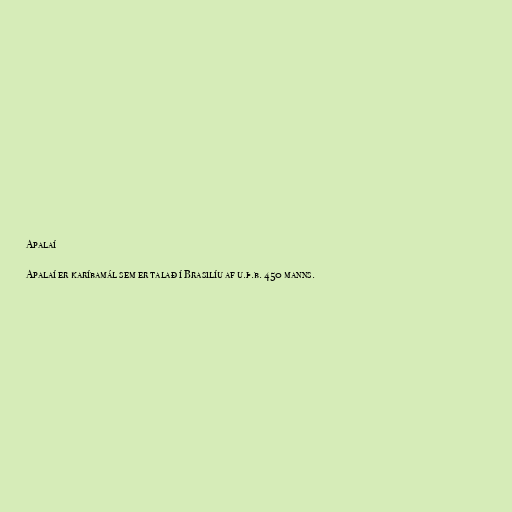
Apalaí

Apalaí er karíbamál sem er talað í Brasilíu af u.þ.b. 450 manns.